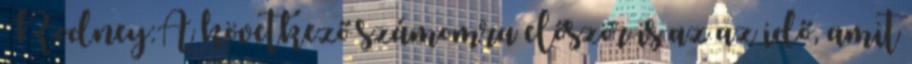
Rodney:A következő számomra először is az az idő, amit